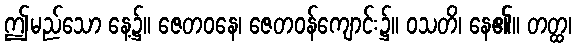
ဤမည်သော နေ့၌။ ဇေတဝနေ၊ ဇေတဝန်ကျောင်း၌။ ဝသတိ၊ နေ၏။ တတ္ထ၊